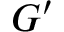
G ^ { \prime }